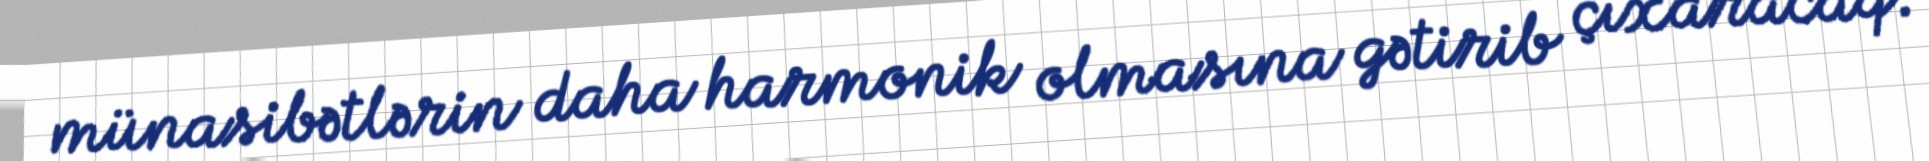
münasibətlərin daha harmonik olmasına gətirib çıxaracaq.